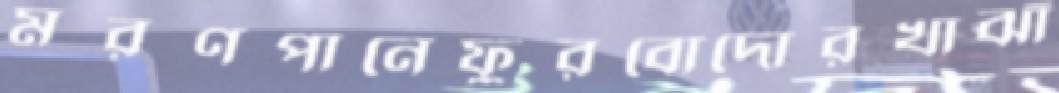
মরণপানেফুরবোদোরখাঝাঁ